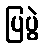
ပြပွဲ